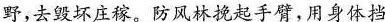
野，去毁坏庄稼。防风林挽起手臂，用身体挡